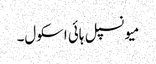
میونسپل ہائی اسکول۔